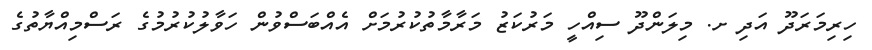
ހިރިމަރަދޫ އަދި ށ. މިލަންދޫ ސިއްހީ މަރުކަޒު މަރާމާތުކުރުމަށް އެއްބަސްވުން ހަވާލުކުރުމުގެ ރަސްމިއްޔާތުގެ